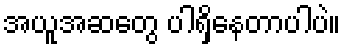
အယူအဆတွေ ပါရှိနေတာပါပဲ။